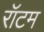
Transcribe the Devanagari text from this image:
रॉटम